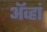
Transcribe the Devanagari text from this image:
अॅव्हां